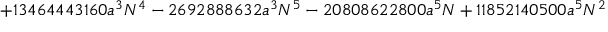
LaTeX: + 1 3 4 6 4 4 4 3 1 6 0 a ^ { 3 } N ^ { 4 } - 2 6 9 2 8 8 8 6 3 2 a ^ { 3 } N ^ { 5 } - 2 0 8 0 8 6 2 2 8 0 0 a ^ { 5 } N + 1 1 8 5 2 1 4 0 5 0 0 a ^ { 5 } N ^ { 2 }